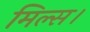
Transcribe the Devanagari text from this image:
मिल्स।